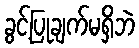
ခွင့်ပြုချက်မရှိဘဲ